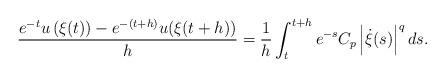
LaTeX: \begin{align*} \frac{e^{-t}u\left(\xi(t)\right)-e^{-(t+h)}u(\xi(t+h))}{h}=\frac{1}{h}\int_t^{t+h}e^{-s}C_p\left|\dot{\xi}(s)\right|^{q} ds.\end{align*}